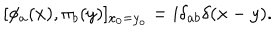
[ \phi _ { a } ( x ) , \pi _ { b } ( y ) ] _ { x _ { 0 } = y _ { o } } = i \delta _ { a b } \delta ( x - y ) .